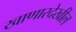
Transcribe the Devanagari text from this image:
खाणारदेखील